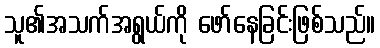
သူ၏အသက်အရွယ်ကို ဖော်နေခြင်းဖြစ်သည်။